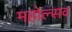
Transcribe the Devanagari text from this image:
महोल्सव